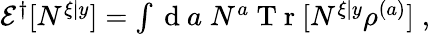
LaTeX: \begin{array}{r}{\mathcal{E}^{\dagger}[N^{\xi|y}]=\int\mathrm{~d~}a\; N^{a}\mathrm{~T~r~}[N^{\xi|y}\rho^{(a)}]\; ,}\end{array}